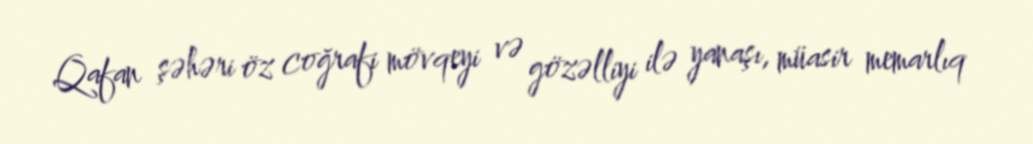
Qafan şəhəri öz coğrafi mövqeyi və gözəlliyi ilə yanaşı, müasir memarlıq